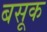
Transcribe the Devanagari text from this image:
बसूक